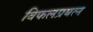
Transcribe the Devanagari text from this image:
विफलप्रयत्न